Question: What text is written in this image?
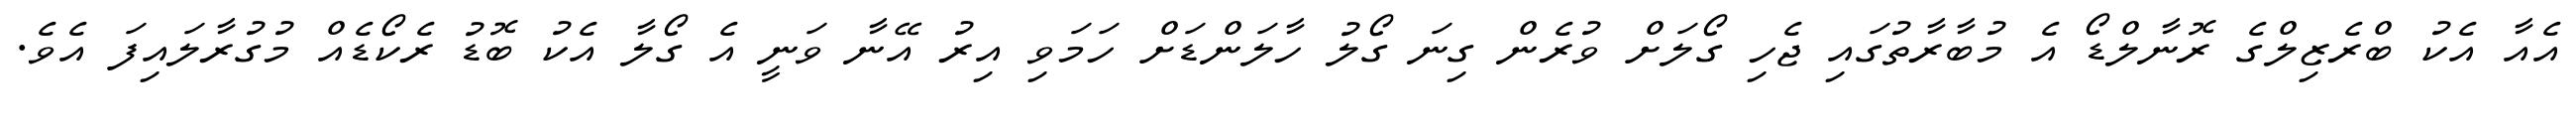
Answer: އެއާ އެކު ބްރެޒިލްގެ ރޮނާލްޑޯ އެ މުބާރާތުގައި ޖެހި ގޯލަށް ވުރެން ގިނަ ގޯލު ހާލަންޑަށް ހަމަވި އިރު އޭނާ ވަނީ އެ ގޯލާ އެކު ބޮޑު ރެކޯޑެއް މުގުރާލައިފަ އެވެ.